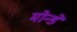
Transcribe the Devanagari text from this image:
मोन्डे